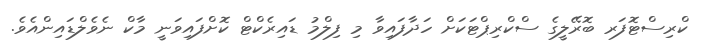
ކްރިސްޓޮފަރ ބޮރޭލީގެ ސްކްރިޕްޓަކަށް ހަދާފައިވާ މި ފިލްމު ޑައިރެކްޓް ކޮށްފައިވަނީ މާކް ނެވެލްޑައިންއެވެ.